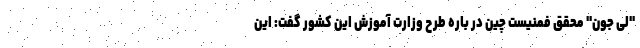
"لی جون" محقق فمنیست چین در باره طرح وزارت آموزش این کشور گفت: این